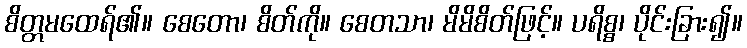
စိတ္တမထေရ်၏။ စေတော၊ စိတ်ကို။ စေတသာ၊ မိမိစိတ်ဖြင့်။ ပရိစ္စ၊ ပိုင်းခြား၍။